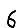
Digit: 6